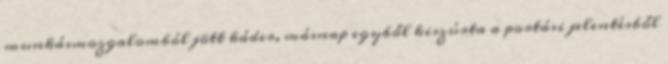
munkásmozgalomból jött káder, másnap egyből kiszúrta a portási jelentésből